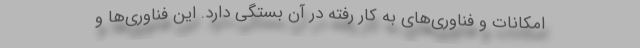
امکانات و فناوری‌های به کار رفته در آن بستگی دارد. این فناوری‌ها و